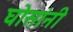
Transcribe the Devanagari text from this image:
घोसांनी